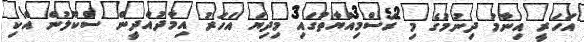
އަހަރީ އިނާމު ދިނުމުގެ މި ރަސްމިއްޔާތުގައި މިދިޔަ އަހަރު އިމާދުއްދީން ސްކޫލުން އެކި